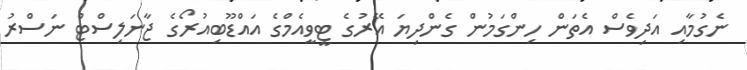
ނެގުމާއި އަދިވެސް އެތަން ހިންގަމުން ގެންދިޔަ އޭރުގެ ޓީވީއެމްގެ އައްޑޫބިއުރޯގެ ޖާނަލިސްޓް ނަސްރު